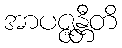
အာပဇ္ဇန္တီတိ